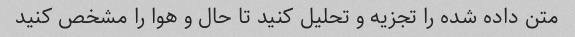
متن داده شده را تجزیه و تحلیل کنید تا حال و هوا را مشخص کنید